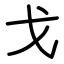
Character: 戈